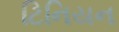
ટિનિયન